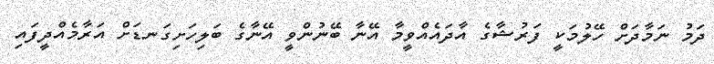
ދަމު ނަމާދަށް ހޭލުމަކީ ފަރުޝާގެ އާދައެއްވީމާ އޭނާ ބޭނުންވީ އޭނާގެ ބަލިހަށިގަނޑަށް އަރާމެއްދީފައި